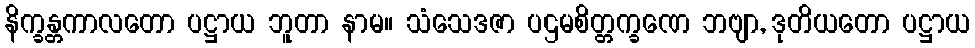
နိက္ခန္တကာလတော ပဋ္ဌာယ ဘူတာ နာမ။ သံသေဒဇာ ပဌမစိတ္တက္ခဏေ ဘဗျာ, ဒုတိယတော ပဋ္ဌာယ